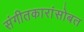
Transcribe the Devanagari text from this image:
संगीतकारांसोबत